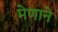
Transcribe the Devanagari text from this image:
मेणाने